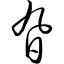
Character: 旮